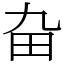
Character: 𤰚